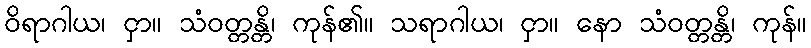
ဝိရာဂါယ၊ ငှာ။ သံဝတ္တန္တိ၊ ကုန်၏။ သရာဂါယ၊ ငှာ။ နော သံဝတ္တန္တိ၊ ကုန်။